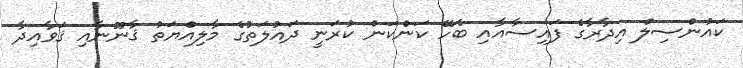
ކައުންސިލް އިދާރާގެ ފައިސާއާއި ބެހޭ ކަންކަން ކުރަނީ ދައުލަތުގެ މާލިއްޔަތު ޤާނޫނާއި ޤަވާއިދާ